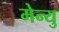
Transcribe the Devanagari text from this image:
मेन्‍यु